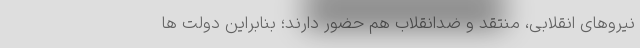
نیروهای انقلابی، منتقد و ضدانقلاب هم حضور دارند؛ بنابراین دولت ها